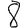
Digit: 8